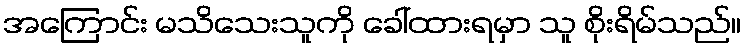
အကြောင်း မသိသေးသူကို ခေါ်ထားရမှာ သူ စိုးရိမ်သည်။